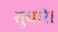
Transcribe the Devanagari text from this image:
सुधारे।